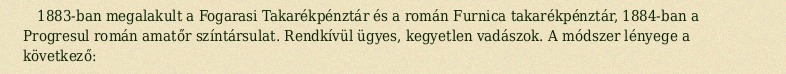
1883-ban megalakult a Fogarasi Takarékpénztár és a román Furnica takarékpénztár, 1884-ban a Progresul román amatőr színtársulat. Rendkívül ügyes, kegyetlen vadászok. A módszer lényege a következő: